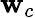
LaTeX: \mathbf{w}_{c}